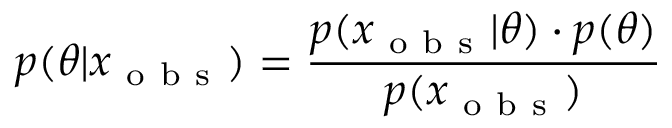
p ( \theta | x _ { \mathrm { ~ o ~ b ~ s ~ } } ) = \frac { p ( x _ { \mathrm { ~ o ~ b ~ s ~ } } | \theta ) \cdot p ( \theta ) } { p ( x _ { \mathrm { ~ o ~ b ~ s ~ } } ) }